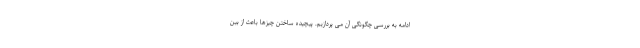
ادامه به بررسی چگونگی آن می پردازیم. پیچیده ساختن چیزها باعث از بین